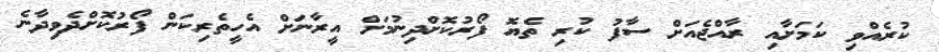
ކުރެއްވި ކަމަށާއި ރާއްޖެއަށް ސާފު ކުރި ތެޔޮ ފޯރުކޮށްދިނުމަށް އީރާނަށް އެހީތެރިކަން ފޯރުކޮށްދެވިދާނެ